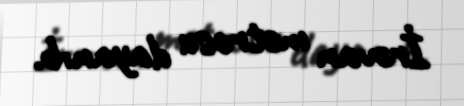
İrəvan metrosu dayanıb.